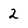
Character: 2